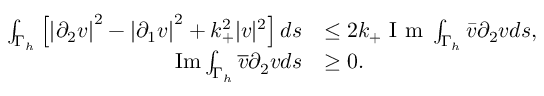
\begin{array} { r l } { \int _ { \Gamma _ { h } } \left[ \left| \partial _ { 2 } v \right| ^ { 2 } - \left| \partial _ { 1 } v \right| ^ { 2 } + k _ { + } ^ { 2 } | v | ^ { 2 } \right] d s } & { \leq 2 k _ { + } \textrm { I m } \int _ { \Gamma _ { h } } \bar { v } \partial _ { 2 } v d s , } \\ { \mathrm { I m } \int _ { \Gamma _ { h } } \overline { { v } } \partial _ { 2 } v d s } & { \geq 0 . } \end{array}